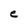
Character: e